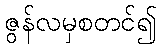
ဇွန်လမှစတင်၍